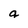
Character: a